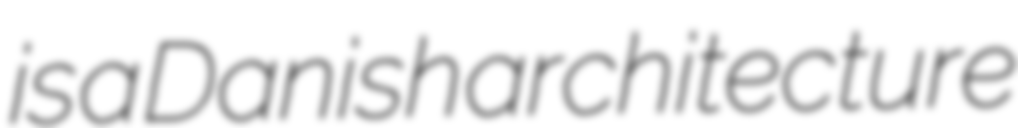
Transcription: is a Danish architecture